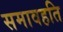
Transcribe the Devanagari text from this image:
समावहति